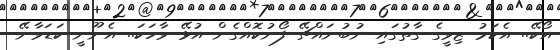
އޯކޭ.. އެކަމު ޒިވީގެ ގާތުގައި ނުބުނައްޗޭ ފޯނުކޮއްގެން އުޅޭ ވާހަކަ.. އެނޫނީ ކަޑަވާނޭ